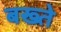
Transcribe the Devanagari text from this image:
बख्ते